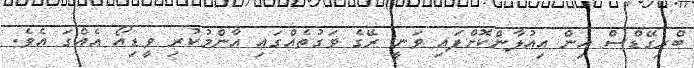
ބްރިގޭޑްސް އިން އިއުލާންކޮށްފައި ވަނީ ރޭގެ ވަގުތެއްގައި އާންމުކުރި ވީޑިއޯ އެއްގަ އެވެ.